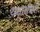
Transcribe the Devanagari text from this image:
यथार्थभरी